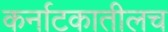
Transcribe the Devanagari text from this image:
कर्नाटकातीलच